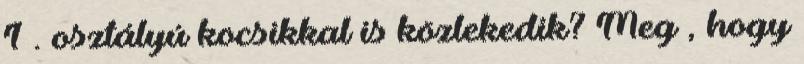
1 . osztályú kocsikkal is közlekedik? Meg , hogy